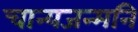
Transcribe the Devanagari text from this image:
चान्यजन्मनि